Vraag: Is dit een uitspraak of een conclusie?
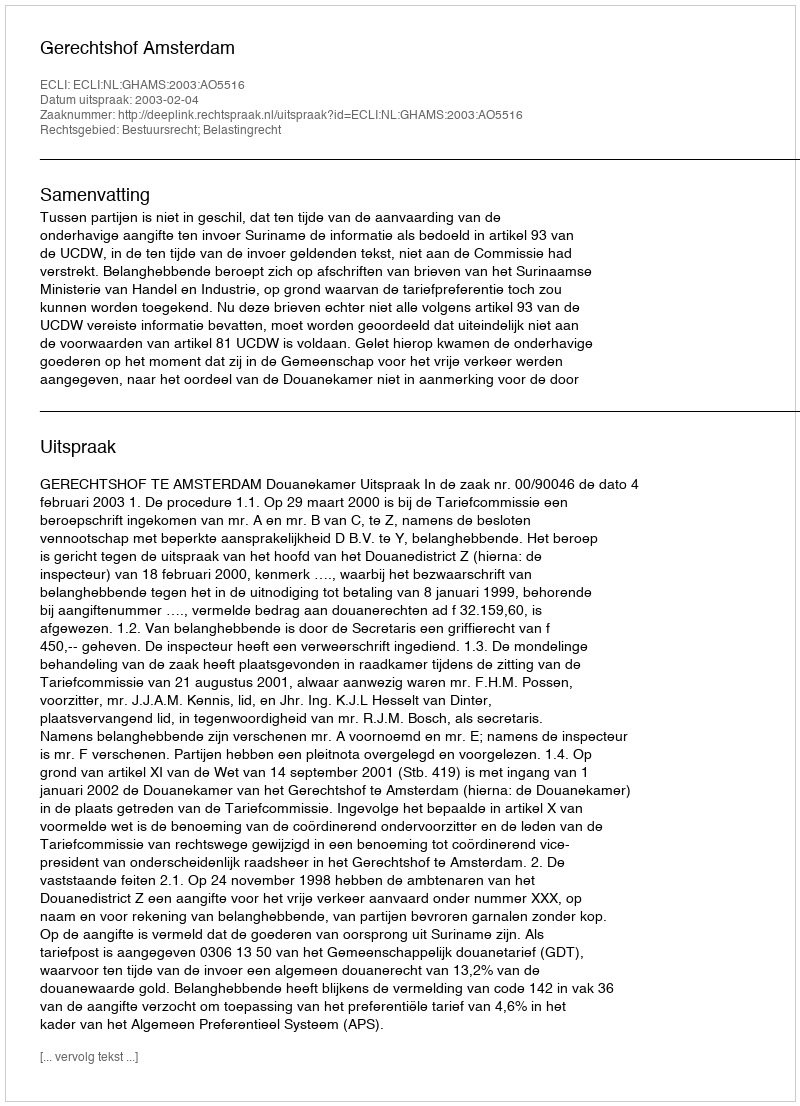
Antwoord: Uitspraak